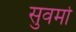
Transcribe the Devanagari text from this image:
सुवर्मा